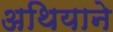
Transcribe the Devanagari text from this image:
अथियाने